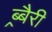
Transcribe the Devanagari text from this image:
ब्र्बैरी